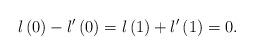
LaTeX: \begin{align*}l\left(0\right)-l'\left(0\right)=l\left(1\right)+l'\left(1\right)=0.\end{align*}